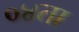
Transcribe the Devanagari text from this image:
०४ता